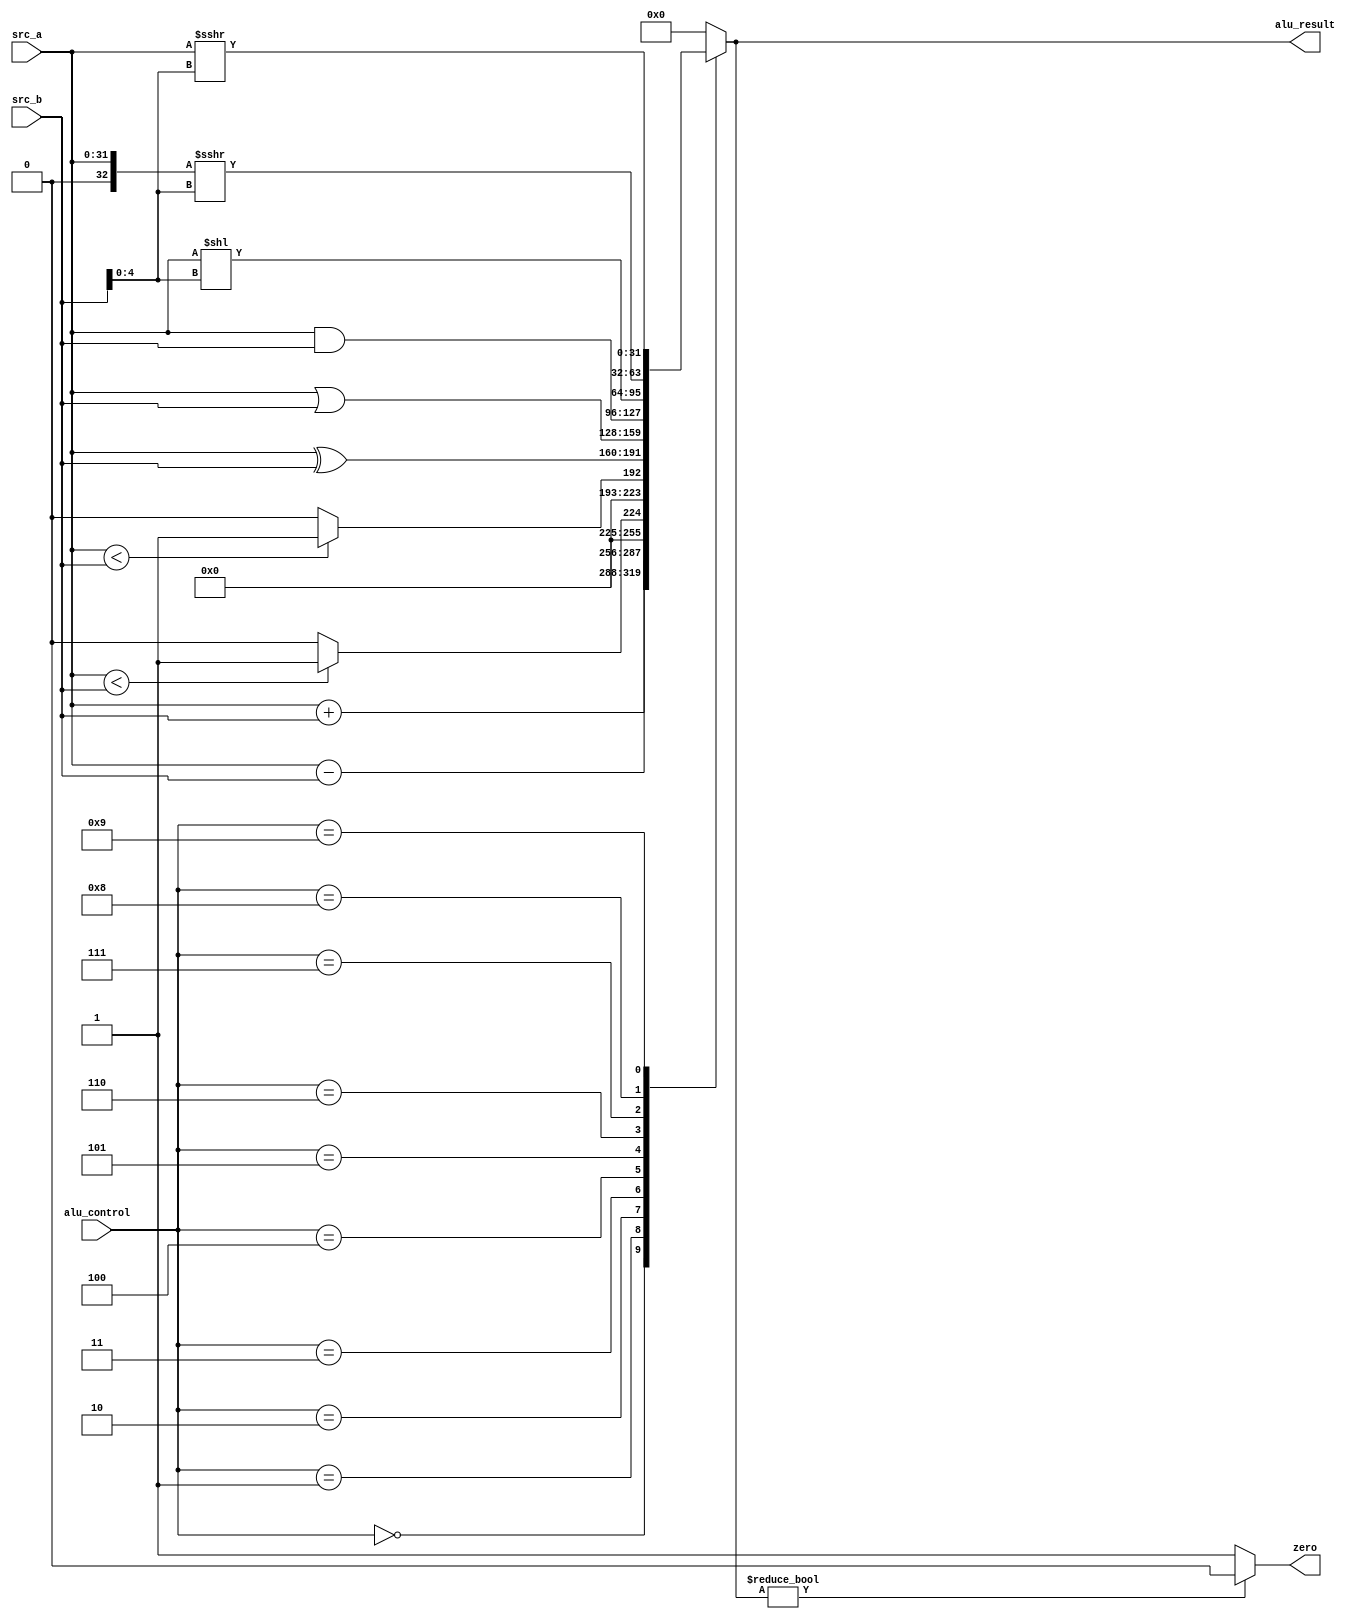
`default_nettype none
`timescale 1ns/1ns

// alu_control signal values
`define ALU_CONTROL_ADD   5'd0
`define ALU_CONTROL_SUB   5'd1
`define ALU_CONTROL_SLT   5'd2
`define ALU_CONTROL_SLTU  5'd3
`define ALU_CONTROL_XOR   5'd4
`define ALU_CONTROL_OR    5'd5
`define ALU_CONTROL_AND   5'd6
`define ALU_CONTROL_SLL   5'd7
`define ALU_CONTROL_SRL   5'd8
`define ALU_CONTROL_SRA   5'd9

module alu (
    input wire [31:0] src_a, src_b,
    input wire [4:0] alu_control,
    output reg [31:0] alu_result,
    output wire zero
    // input wire clk
    );

    assign zero = (alu_result) ? 1'b0 : 1'b1;

    always @(*) begin
        case (alu_control)
            `ALU_CONTROL_ADD:   alu_result = src_a + src_b;                                            // ADD
            `ALU_CONTROL_SUB:   alu_result = src_a - src_b;                                            // SUB
            `ALU_CONTROL_SLT:   alu_result = ($signed(src_a) < $signed(src_b)) ? 32'b1 : 32'b0 ;       // SLT
            `ALU_CONTROL_SLTU:  alu_result = (src_a < src_b) ? 32'b1 : 32'b0;                          // SLTU
            `ALU_CONTROL_XOR:   alu_result = src_a ^ src_b;                                            // XOR
            `ALU_CONTROL_OR:    alu_result = src_a | src_b;                                            // OR
            `ALU_CONTROL_AND:   alu_result = src_a & src_b;                                            // AND
            `ALU_CONTROL_SLL:   alu_result = src_a << src_b[4:0];                                      // SLL
            `ALU_CONTROL_SRL:   alu_result = $signed({1'b0, src_a}) >>> src_b[4:0];                    // SRL
            `ALU_CONTROL_SRA:   alu_result = $signed({src_a[31], src_a}) >>> src_b[4:0];               // SRA
            default:            alu_result = 32'b0;
        endcase
    end

    // `ifdef FORMAL
    //     initial assume(reset);
    //     // initial assume(reg_file[0] == 32'b0);
    //     always @(posedge clk) begin
    //         cover (reg_file[0] != 0);
    //     end
    // `endif

    // `ifdef COCOTB_SIM
    // initial begin
    // $dumpfile ("alu.vcd");
    // $dumpvars (0, alu);
    // #1;
    // end
    // `endif
endmodule